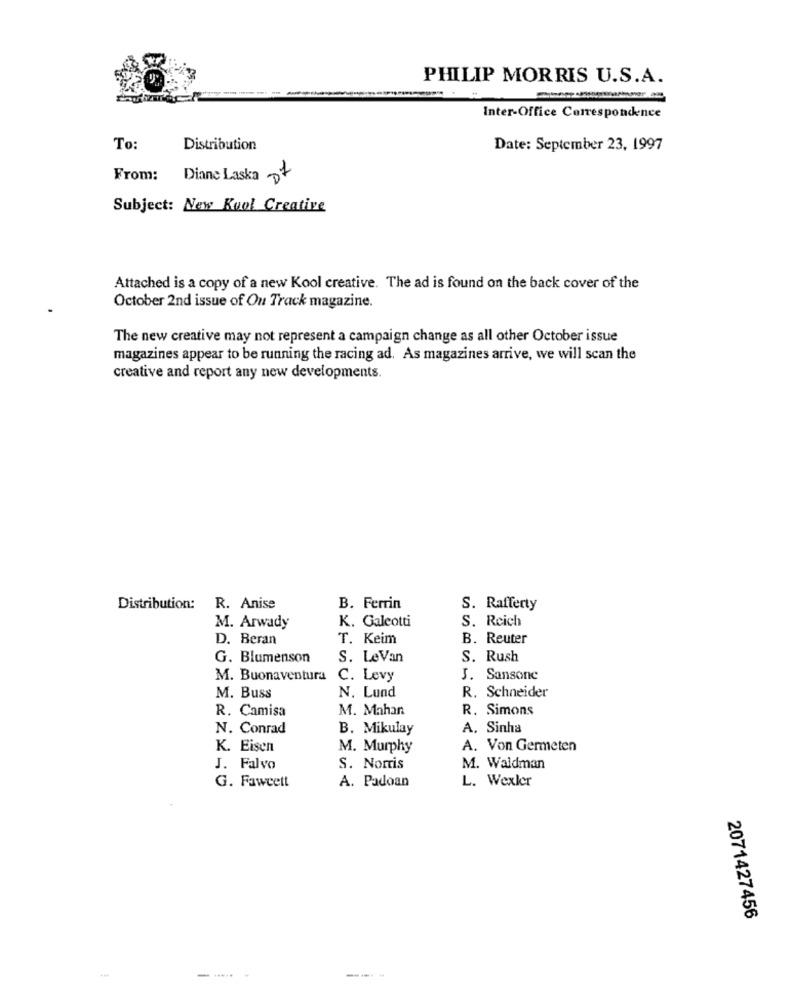
PHILIP MORRIS U.S.A.
Inter-Office Correspondence
To:
Distribution
Date: September 23, 1997
101
From:
Diane Laska
Subject: New Kool Creative
Attached is a copy of a new Kool creative. The ad is found on the back cover of the
October 2nd issue of Ou Track magazine.
The new creative may not represent a campaign change as all other October issue
magazines appear to be running the racing ad. As magazines arrive, we will scan the
creative and report any new developments.
Distribution:
R. Anise
B. Ferrin
S. Rafferty
K. Galeotti
S. Reich
M. Arwady
D. Beran
T. Keim
B. Reuter
G. Blumenson
S. LeVan
S. Rush
M. Buonaventura
C. Levy
J. Sansone
M. Buss
N. Lund
R. Schneider
R. Camisa
M. Mahan
R. Simons
N. Conrad
B. Mikulay
A. Sinha
K. Eisen
M. Murphy
A. Von Germeten
J. Falvo
S. Nortis
M. Waldman
G. Fawcett
A. Padoan
L. Wexler
2071427456
---